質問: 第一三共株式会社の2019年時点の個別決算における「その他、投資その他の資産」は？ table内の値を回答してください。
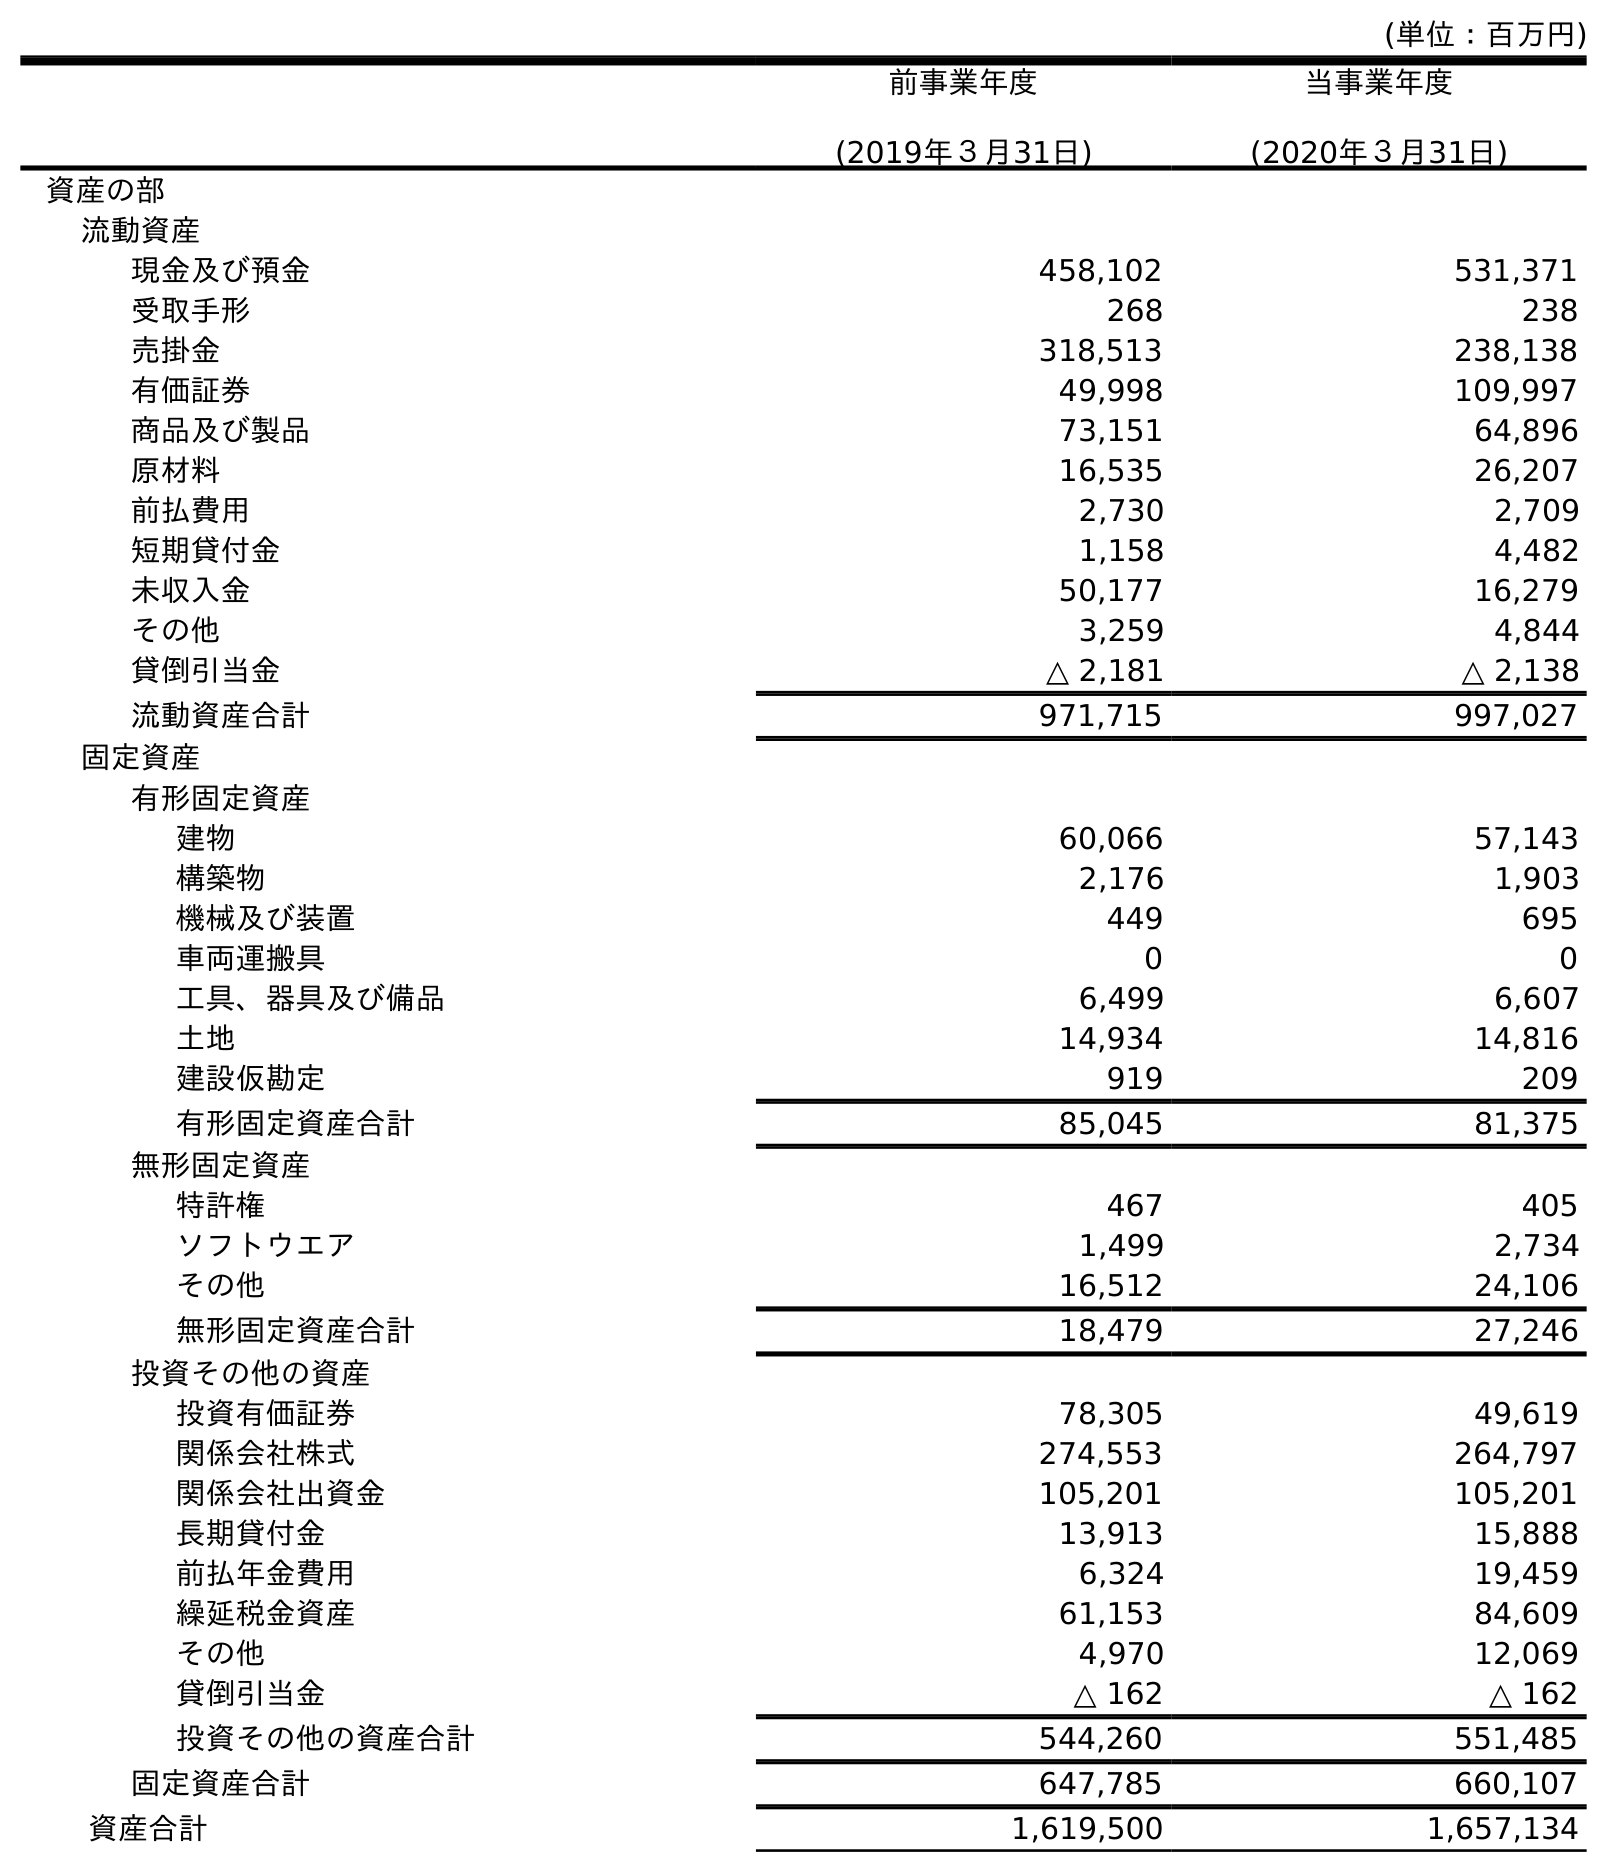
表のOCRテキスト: (単位：百万円) 前事業年度 (2019年３月31日) 当事業年度 (2020年３月31日) 資産の部 流動資産 現金及び預金 458,102 531,371 受取手形 268 238 売掛金 318,513 238,138 有価証券 49,998 109,997 商品及び製品 73,151 64,896 原材料 16,535 26,207 前払費用 2,730 2,709 短期貸付金 1,158 4,482 未収入金 50,177 16,279 その他 3,259 4,844 貸倒引当金 △ 2,181 △ 2,138 流動資産合計 971,715 997,027 固定資産 有形固定資産 建物 60,066 57,143 構築物 2,176 1,903 機械及び装置 449 695 車両運搬具 0 0 工具、器具及び備品 6,499 6,607 土地 14,934 14,816 建設仮勘定 919 209 有形固定資産合計 85,045 81,375 無形固定資産 特許権 467 405 ソフトウエア 1,499 2,734 その他 16,512 24,106 無形固定資産合計 18,479 27,246 投資その他の資産 投資有価証券 78,305 49,619 関係会社株式 274,553 264,797 関係会社出資金 105,201 105,201 長期貸付金 13,913 15,888 前払年金費用 6,324 19,459 繰延税金資産 61,153 84,609 その他 4,970 12,069 貸倒引当金 △ 162 △ 162 投資その他の資産合計 544,260 551,485 固定資産合計 647,785 660,107 資産合計 1,619,500 1,657,134
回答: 4,970